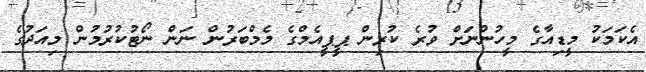
އެކަމަކު މީޑިއާގެ މީހުންނަށް ވުރެ ކުރިން ޕީޕީއެމްގެ މެމްބަރުން ނަން ނޯޓުކުރުމުން މިއަދުގެ